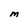
Character: M